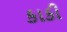
કાકી